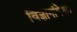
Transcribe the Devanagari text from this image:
विज्ञानांपेक्षा